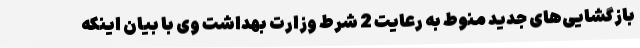
بازگشایی‌های جدید منوط به رعایت 2 شرط وزارت بهداشت وی با بیان اینکه